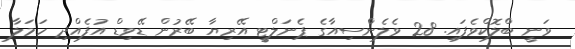
ވަނީ ބްލޮކްވެފައި. 28 ވެލެންސިއާގެ ޕެނަލްޓީ އޭރިޔާ ބޭރުން ޑޭވިޑް އުފެއްދި ހަމަލާ